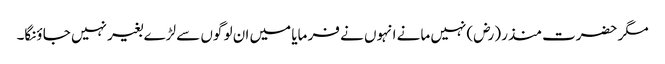
مگر حضرت منذر (رض) نہیں مانے انہوں نے فر مایا میں ان لو گوں سے لڑے بغیر نہیں جا ؤنگا۔